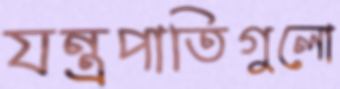
যন্ত্রপাতিগুলো